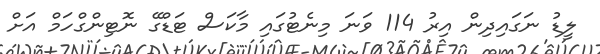
ލީޑު ނަގައިދިން އިރު 114 ވަނަ މިނެޓުގައި މާކަސް ޓަޑްގޭ ނޮޓިންގްހަމް އަށް